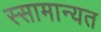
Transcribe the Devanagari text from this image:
स्सामान्यत